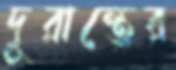
দূরান্তের